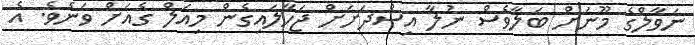
ނަވާލްގެ މޫނަށް ބަލާވެސް ނުލާ އިސްދަށަށް ޖަހާލައިގެން މިއަލް ގެއަށް ވަނެވެ. އެ